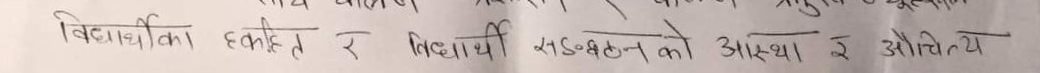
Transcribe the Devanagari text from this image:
विद्यार्थीका एककृत र विद्यार्थी सङ्गठनको आस्था र औचित्य